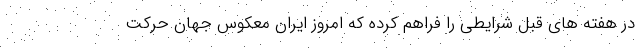
در هفته های قبل شرایطی را فراهم کرده که امروز ایران معکوس جهان حرکت